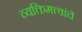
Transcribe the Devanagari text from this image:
व्यक्तिमत्त्वांचे